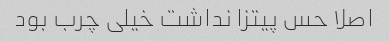
اصلا حس پیتزا نداشت خیلی چرب بود